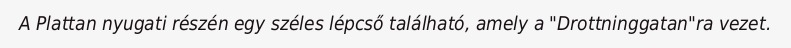
A Plattan nyugati részén egy széles lépcső található, amely a "Drottninggatan"ra vezet.